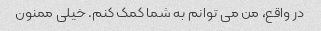
در واقع، من می توانم به شما کمک کنم. خیلی ممنون